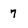
Character: 7